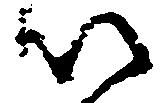
以